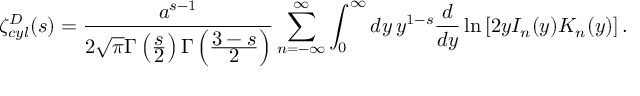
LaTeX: \zeta _ { c y l } ^ { D } ( s ) = \frac { a ^ { s - 1 } } { 2 \sqrt { \pi } \Gamma \left( \frac { \displaystyle s } { \displaystyle 2 } \right) \Gamma \left( \frac { \displaystyle 3 - s } { \displaystyle 2 } \right) } \sum _ { n = - \infty } ^ { \infty } \int _ { 0 } ^ { \infty } d y \, y ^ { 1 - s } \frac { d } { d y } \ln \left[ 2 y I _ { n } ( y ) K _ { n } ( y ) \right] .